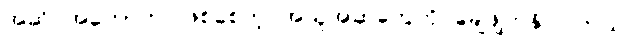
အဆိပ်အတောက် ဖြစ်စေတဲ့ အယူအဆတွေကို ချေဖျက်နိုင်ပါတယ်။